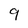
Character: 9